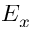
E _ { x }